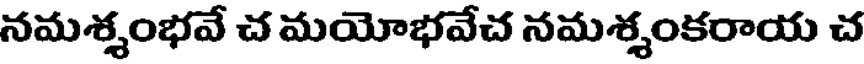
నమశ్శంభవే చ మయోభవేచ నమశ్శంకరాయ చ